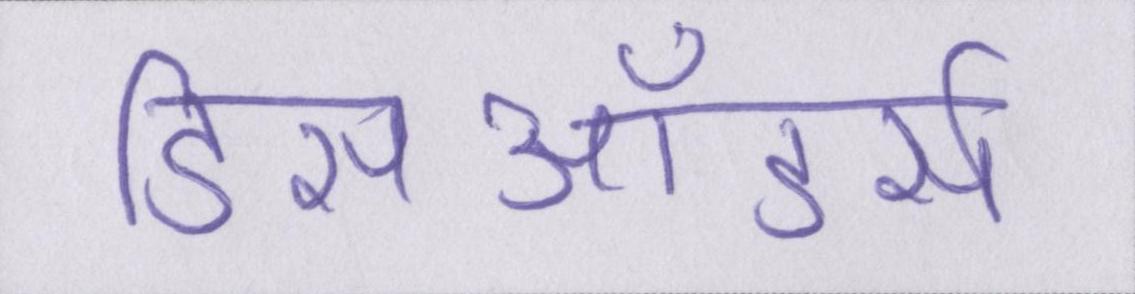
डिसऑडर्स